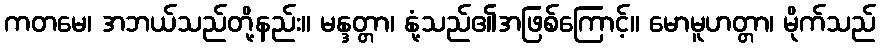
ကတမေ၊ အဘယ်သည်တို့နည်း။ မန္ဒတ္တာ၊ နုံ့သည်၏အဖြစ်ကြောင့်။ မောမူဟတ္တာ၊ မိုက်သည်